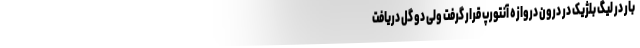
بار در لیگ بلژیک در درون دروازه آنتورپ قرار گرفت ولی دو گل دریافت